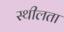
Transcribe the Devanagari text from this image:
स्थीलता